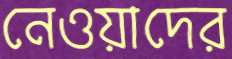
নেওয়াদের